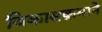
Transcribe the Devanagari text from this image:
विकासक्रमाने